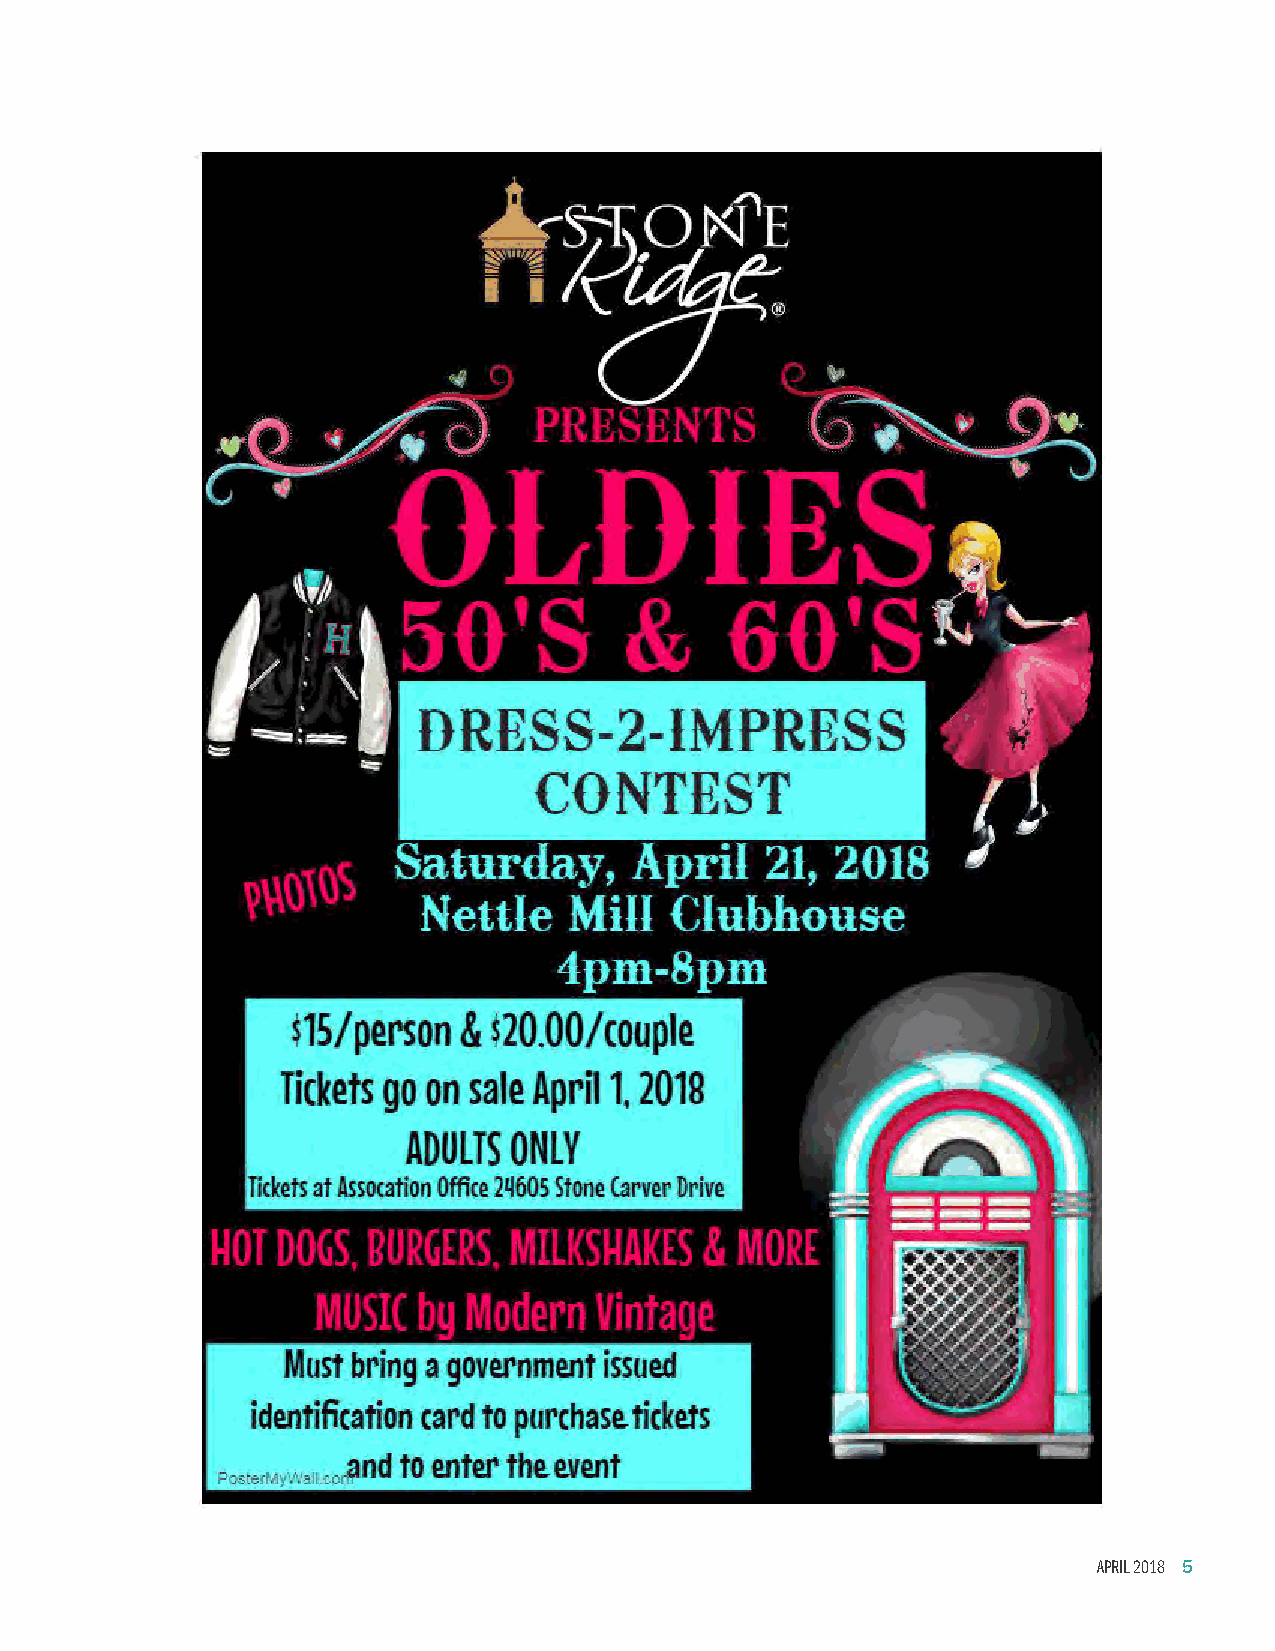
DRESS-2-IMPRESS
 CONTEST
 Saturday,       April    21, 2018
 Nettle    Mill  Clubhouse
 4pm-8pm
 ~15/person &  ~20.00/couple
 Tickets go on sale Aprn 1. 2018
 ADULTS ONLY
 Tickets at Assocation Office 2q6os Stone Carver Drive
 Must bring a government issued
 identification card to purchase. tickets
 coJ nd to enter the.event
 PcscerMyWall
 APRIL 2018 5